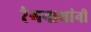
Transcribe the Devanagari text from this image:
रंगनाथांनी